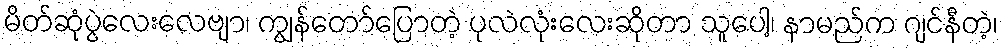
မိတ်ဆုံပွဲလေးလေဗျာ၊ ကျွန်တော်ပြောတဲ့ ပုလဲလုံးလေးဆိုတာ သူပေါ့၊ နာမည်က ဂျင်နီတဲ့၊